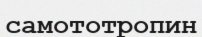
самототропин